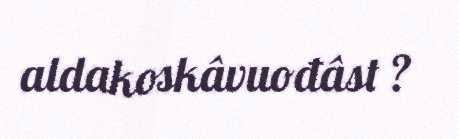
aldakoskâvuođâst ?